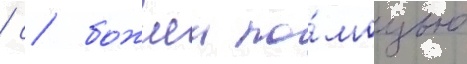
/ с божиеи по́мощью